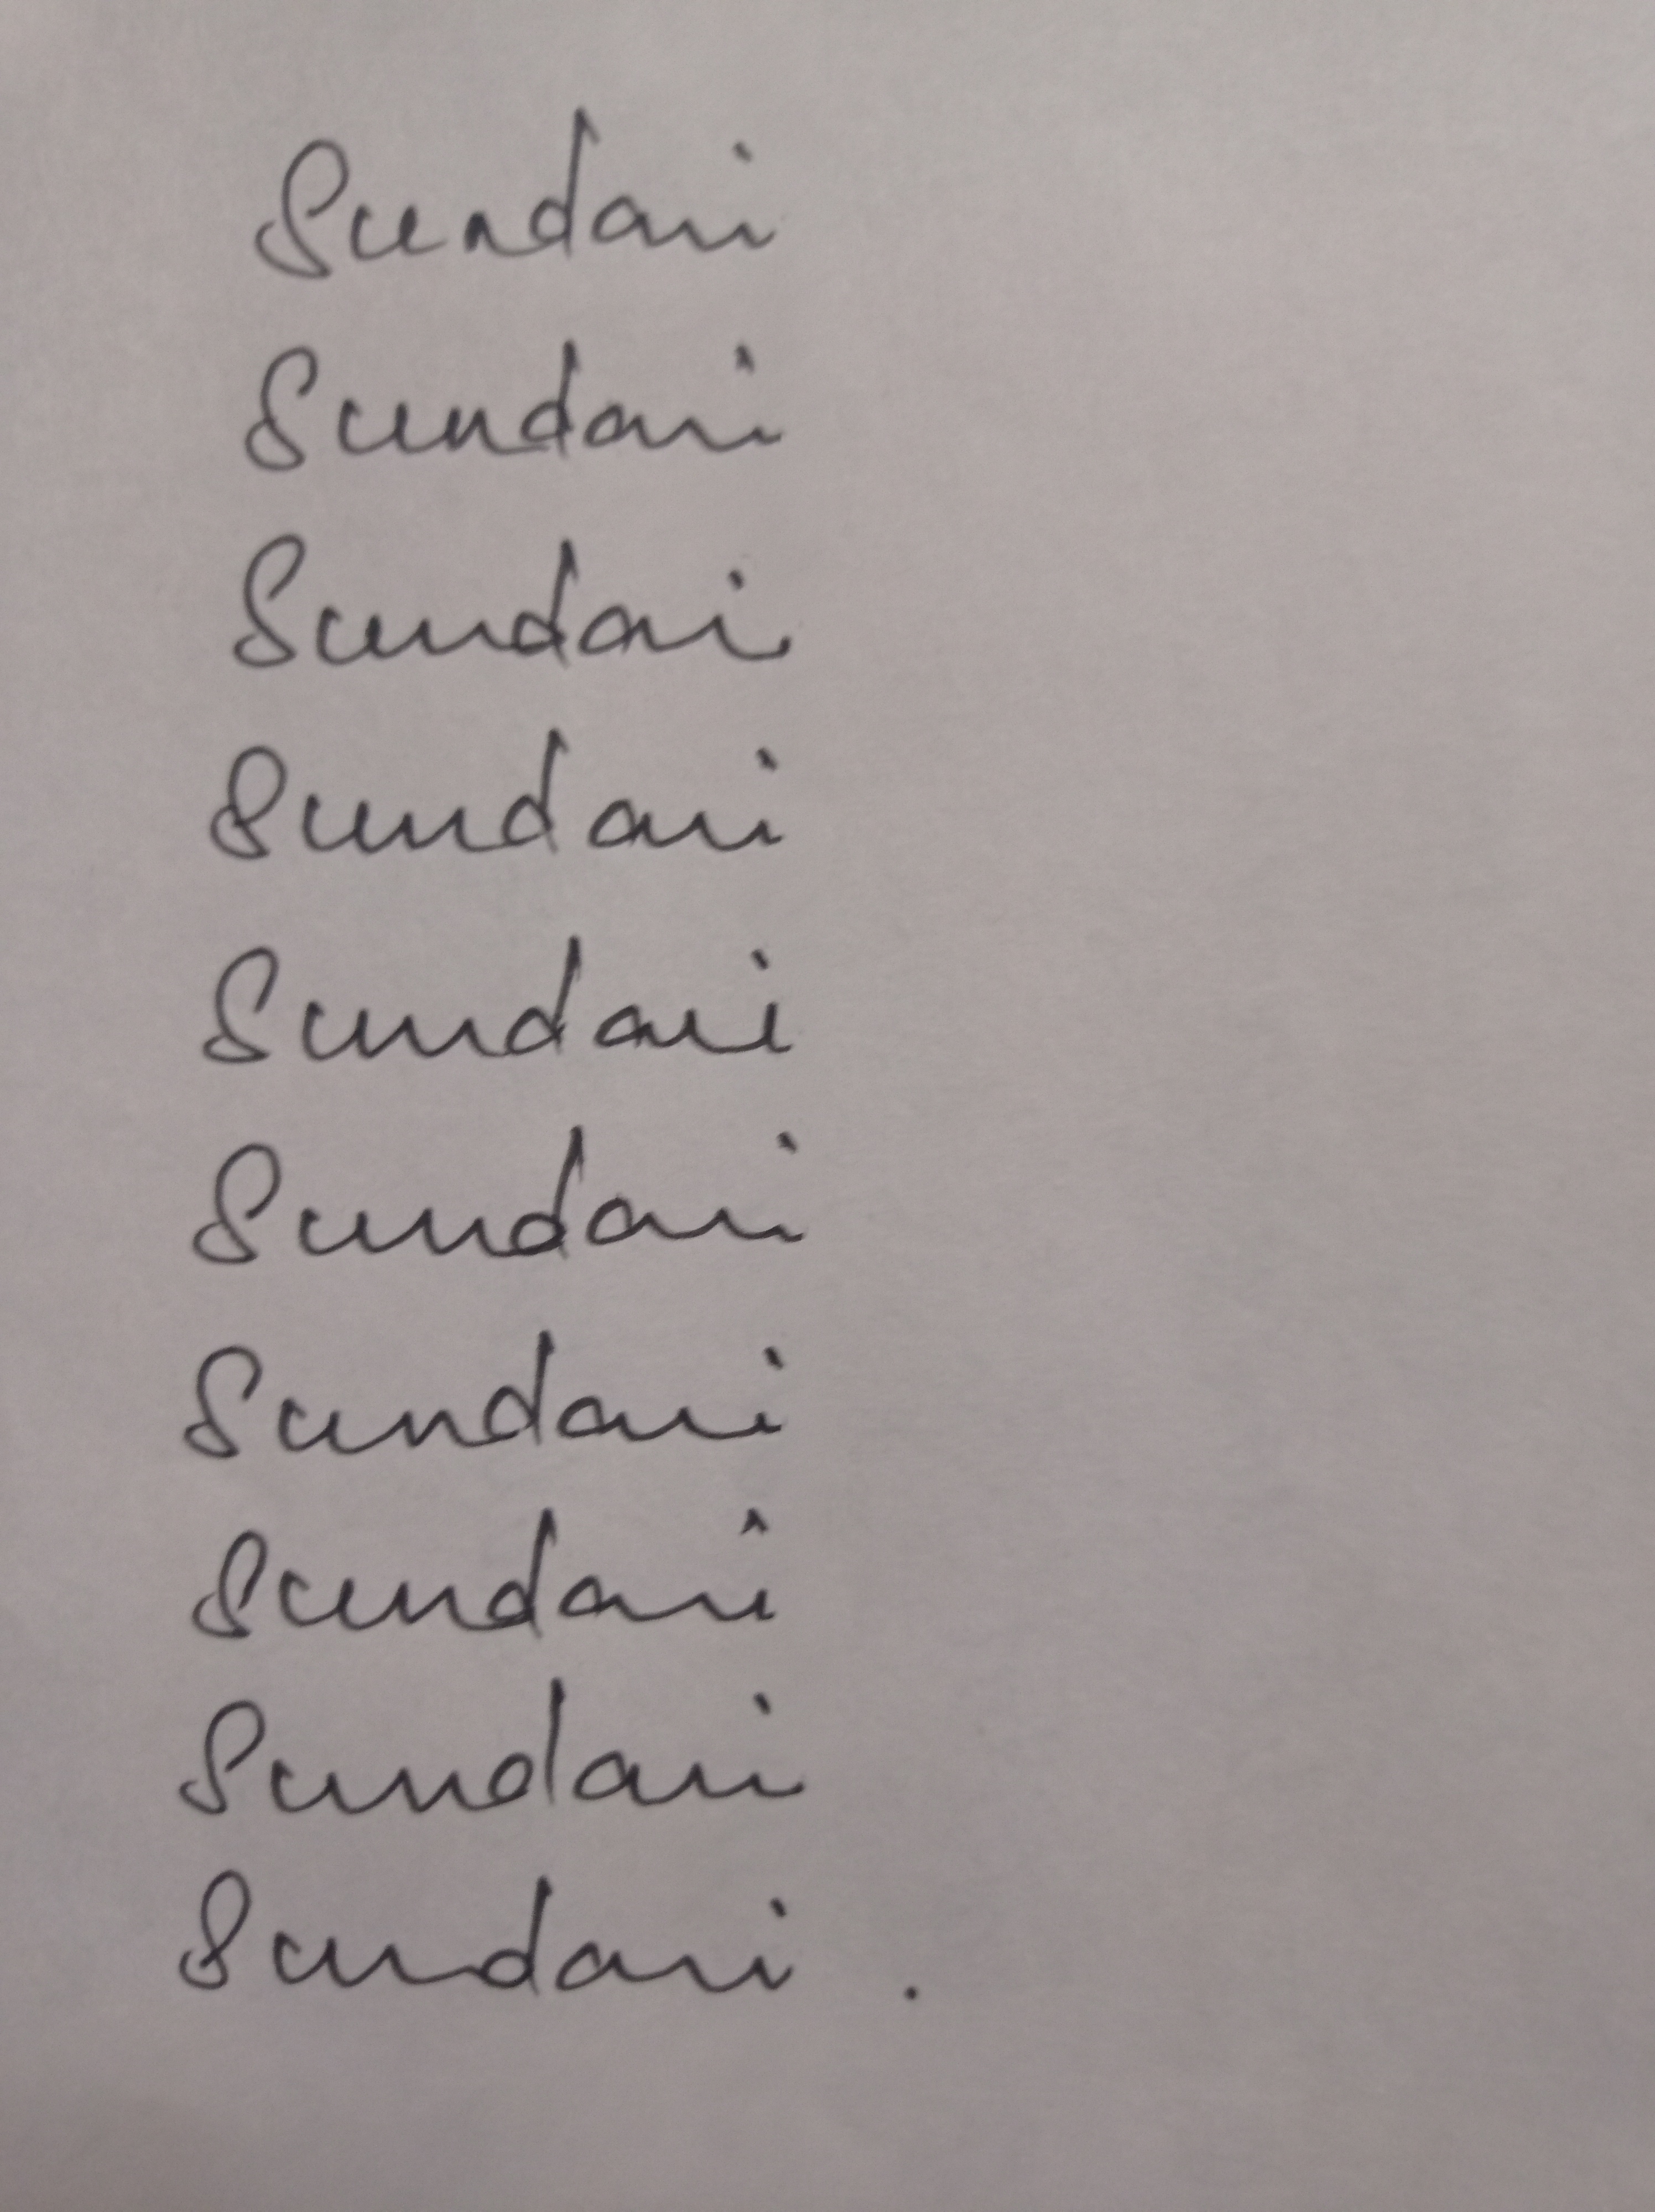
Signature authenticity: genuine